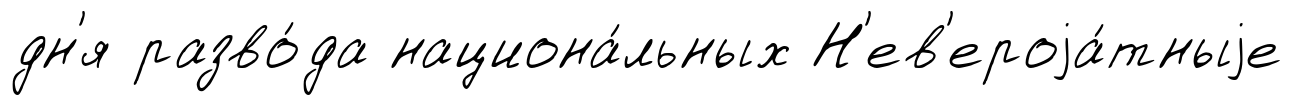
дн'я разво́да национа́льных Н'ев'ероjа́тныjе